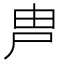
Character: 𡱋